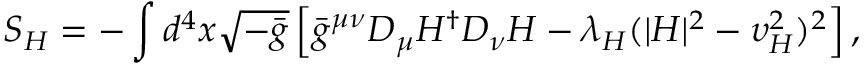
S _ { H } = - \int d ^ { 4 } x \sqrt { - \bar { g } } \left[ \bar { g } ^ { \mu \nu } D _ { \mu } H ^ { \dagger } D _ { \nu } H - \lambda _ { H } ( | H | ^ { 2 } - \upsilon _ { H } ^ { 2 } ) ^ { 2 } \right] ,